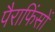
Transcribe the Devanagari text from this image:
पैराफिंसों